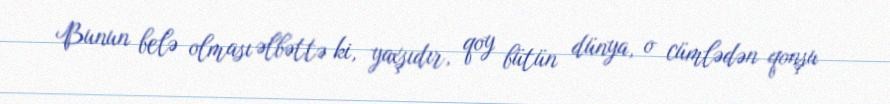
Bunun belə olması əlbəttə ki, yaxşıdır, qoy bütün dünya, o cümlədən qonşu